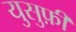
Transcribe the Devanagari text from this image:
युसुफ़ी